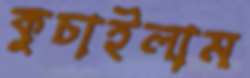
কুচাইলাম